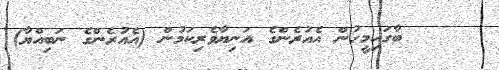
١١     ބާގައިމީހުން އެއުރެންގެ އަނިޔާވެރިކަމުން (އެއުރެންގެ ނަބިއްޔާ)